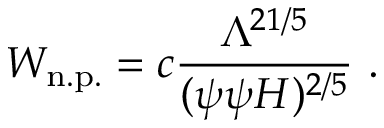
W _ { \mathrm { n . p . } } = c \frac { \Lambda ^ { 2 1 / 5 } } { ( \psi \psi H ) ^ { 2 / 5 } } \ .